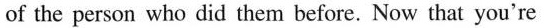
of the person who did them before. Now that you're